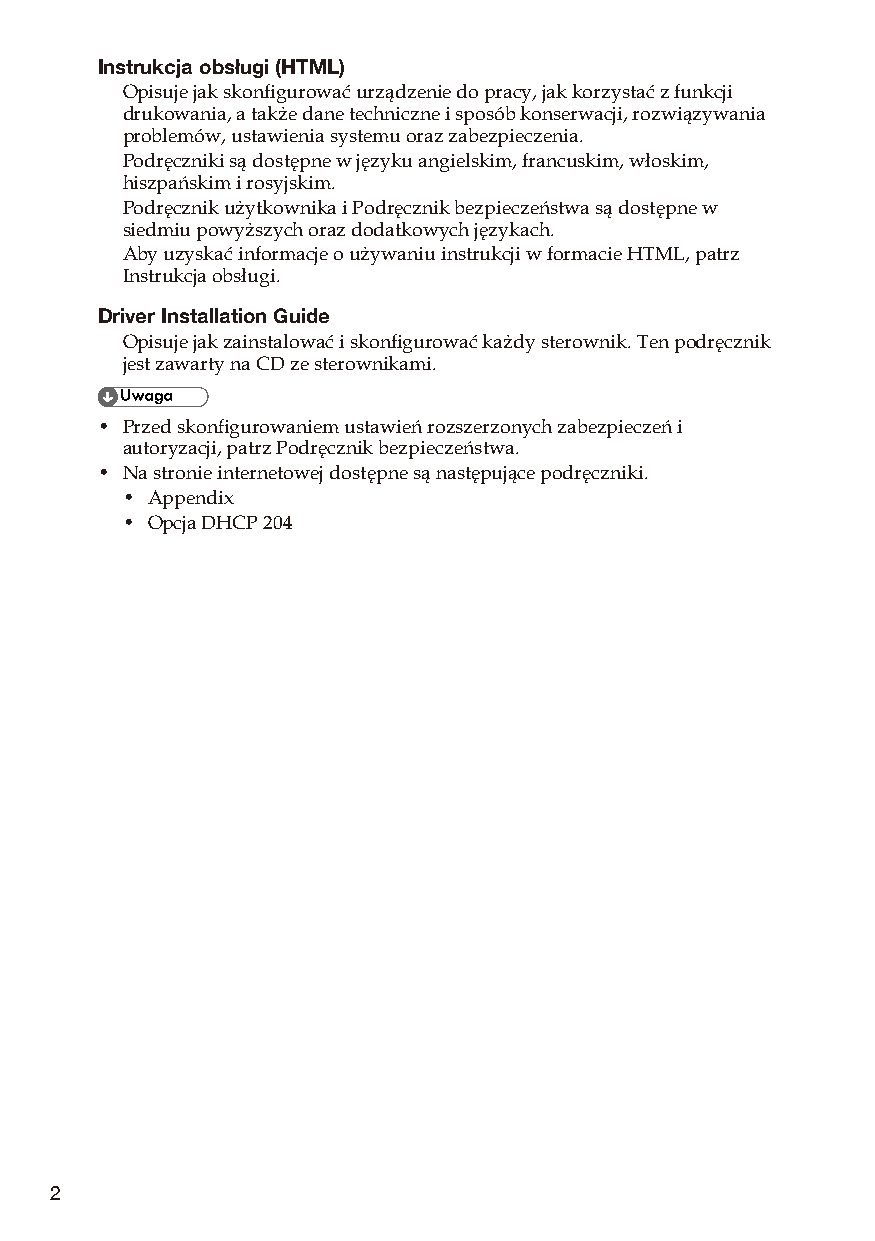
Instrukcja obsługi (HTML)
 Opisuje jak skonfigurować urządzenie do pracy, jak korzystać z funkcji
 drukowania, a także dane techniczne i sposób konserwacji, rozwiązywania
 problemów, ustawienia systemu oraz zabezpieczenia.
 Podręczniki są dostępne w języku angielskim, francuskim, włoskim,
 hiszpańskim i rosyjskim.
 Podręcznik użytkownika i Podręcznik bezpieczeństwa są dostępne w
 siedmiu powyższych oraz dodatkowych językach.
 Aby uzyskać informacje o używaniu instrukcji w formacie HTML, patrz
 Instrukcja obsługi.
 Driver Installation Guide
 Opisuje jak zainstalować i skonfigurować każdy sterownik. Ten podręcznik
 jest zawarty na CD ze sterownikami.
 • Przed skonfigurowaniem ustawień rozszerzonych zabezpieczeń i
 autoryzacji, patrz Podręcznik bezpieczeństwa.
 • Na stronie internetowej dostępne są następujące podręczniki.
 • Appendix
 • Opcja DHCP 204
 2